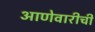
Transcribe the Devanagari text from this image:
आणेवारीची